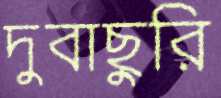
দুবাছুরি